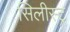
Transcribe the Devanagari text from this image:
सिलीस्ट्र